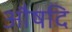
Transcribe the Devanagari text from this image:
औषदि